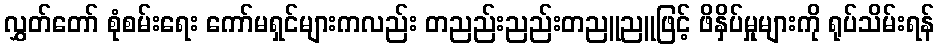
လွှတ်တော် စုံစမ်းရေး ကော်မရှင်များကလည်း တညည်းညည်းတညူညူဖြင့် ဖိနှိပ်မှုများကို ရုပ်သိမ်းရန်